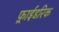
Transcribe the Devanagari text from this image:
फ़्राईडरिक